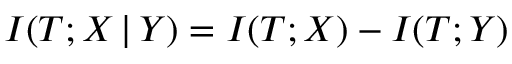
I ( T ; X \, | \, Y ) = I ( T ; X ) - I ( T ; Y )